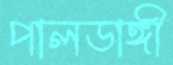
পালডাঙ্গী